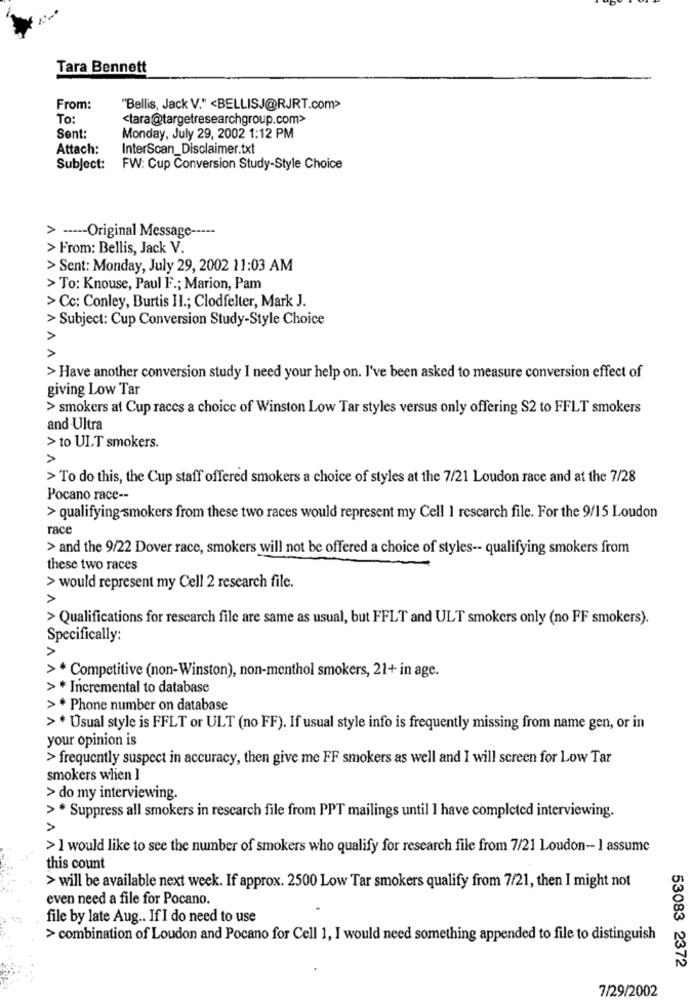
Tara Bennett
From:
"Bellis, Jack V." <BELLISJ@RJRT.com>
To:
<tara@targetresearchgroup.com>
Sent:
Monday, July 29, 2002 1:12 PM
Attach:
InterScan_Disclaimer.txt
Subject:
FW: Cup Conversion Study-Style Choice
> ----- Original Message -----
> From: Bellis, Jack V.
> Sent: Monday, July 29, 2002 11:03 AM
> To: Knouse, Paul F .; Marion, Pam
> Cc: Conley, Burtis Il .; Clodfelter, Mark J.
> Subject: Cup Conversion Study-Style Choice
AA
> Have another conversion study I need your help on. I've been asked to measure conversion effect of
giving Low Tar
> smokers at Cup races a choice of Winston Low Tar styles versus only offering S2 to FFLT smokers
and Ultra
> to ULT smokers.
A
> To do this, the Cup staff offered smokers a choice of styles at the 7/21 Loudon race and at the 7/28
Pocano race --
> qualifying smokers from these two races would represent my Cell 1 research file. For the 9/15 Loudon
race
> and the 9/22 Dover race, smokers will not be offered a choice of styles -- qualifying smokers from
these two races
> would represent my Cell 2 research file.
A
> Qualifications for rescarch file are same as usual, but FFLT and ULT smokers only (no FF smokers).
Specifically:
>* Competitive (non-Winston), non-menthol smokers, 21+ in age.
> * Incremental to database
> * Phone number on database
>* Usual style is FFLT or ULT (no FF). If usual style info is frequently missing from name gen, or in
your opinion is
> frequently suspect in accuracy, then give me FF smokers as well and I will screen for Low Tar
smokers when I
> do my interviewing.
>* Suppress all smokers in rescarch file from PPT mailings until I have completed interviewing.
> I would like to see the number of smokers who qualify for research file from 7/21 Loudon-I assume
this count
> will be available next week. If approx. 2500 Low Tar smokers qualify from 7/21, then I might not
even need a file for Pocano.
file by late Aug .. If I do need to use
> combination of Loudon and Pocano for Cell 1, I would need something appended to file to distinguish
53083 2372
7/29/2002